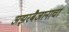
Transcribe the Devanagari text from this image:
अझरबैजानाचा